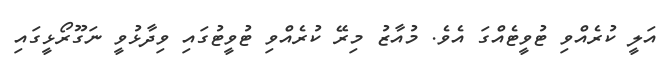
އަލީ ކުރެއްވި ޓުވީޓެއްގަ އެވެ. މުއާޒު މިރޭ ކުރެއްވި ޓުވީޓުގައި ވިދާޅުވީ ނަގޫރޯޅީގައި